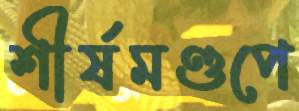
শীর্ষমণ্ডপে